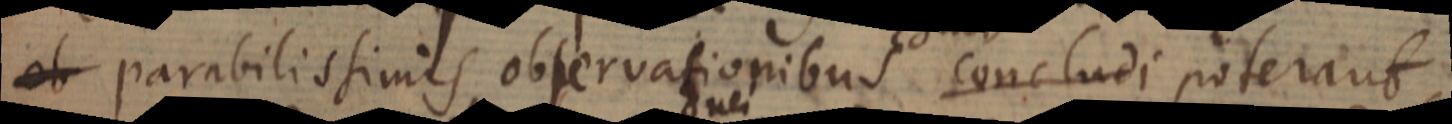
et parabilissimis observationibus concludi poterant